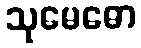
သုမေဓော